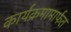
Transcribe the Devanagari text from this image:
कार्यक्रमामार्फत